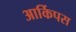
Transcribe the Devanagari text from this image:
आर्किपस